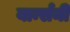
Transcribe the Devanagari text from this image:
बार्न्सनी